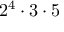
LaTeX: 2 ^ { 4 } \cdot 3 \cdot 5